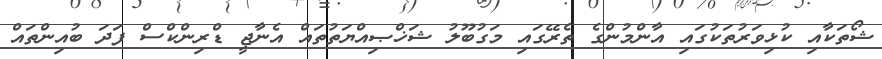
ޝޯތަކާއި ކުޅިވަރުތަކުގައި އާންމުންގެ ތެރޭގައި މަގުބޫލު ޝަޚްޞިއްޔަތުތައް އެނާޖީ ޑްރިންކްސް ފަދަ ބުއިންތައް